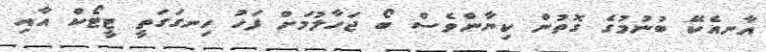
އާނއެކޭ ބުނުމުގެ ގޮތުން ކިޔާންވެސް ބޯ ޖަހާލުމަށް ފަހު ހިނގަގަތީ ޓީޓޯކް އާއި